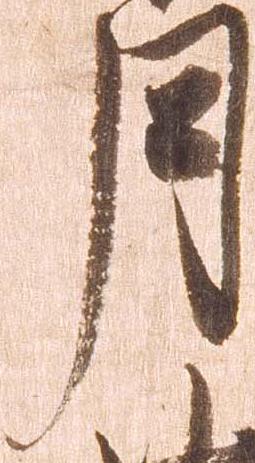
月